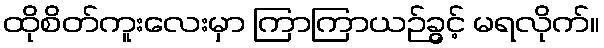
ထိုစိတ်ကူးလေးမှာ ကြာကြာယဉ်ခွင့် မရလိုက်။